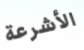
الأشرعة